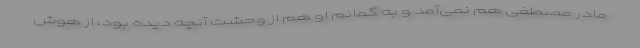
مادر مصطفی هم نمی‌آمد و به گمانم او هم از وحشت آنچه دیده بود، از هوش